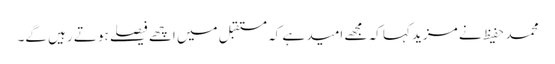
محمد حفیظ نے مزید کہا کہ مجھے امید ہے کہ مستقبل میں اچھے فیصلے ہوتے رہیں گے۔